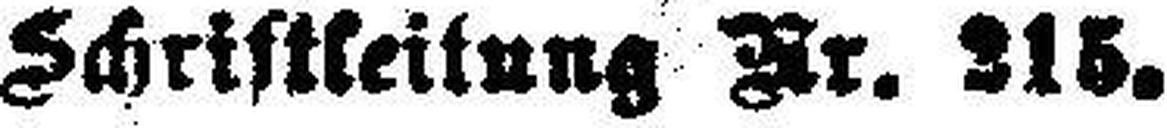
Schriftkeitung Nr. 315.